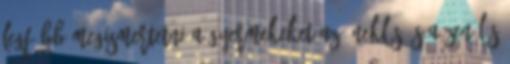
legfőbb megismertetni a gyermekeket az éneklés és a zenélés